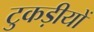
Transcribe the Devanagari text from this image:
टुकड़ीयों